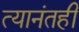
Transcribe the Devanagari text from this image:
त्यानंतही